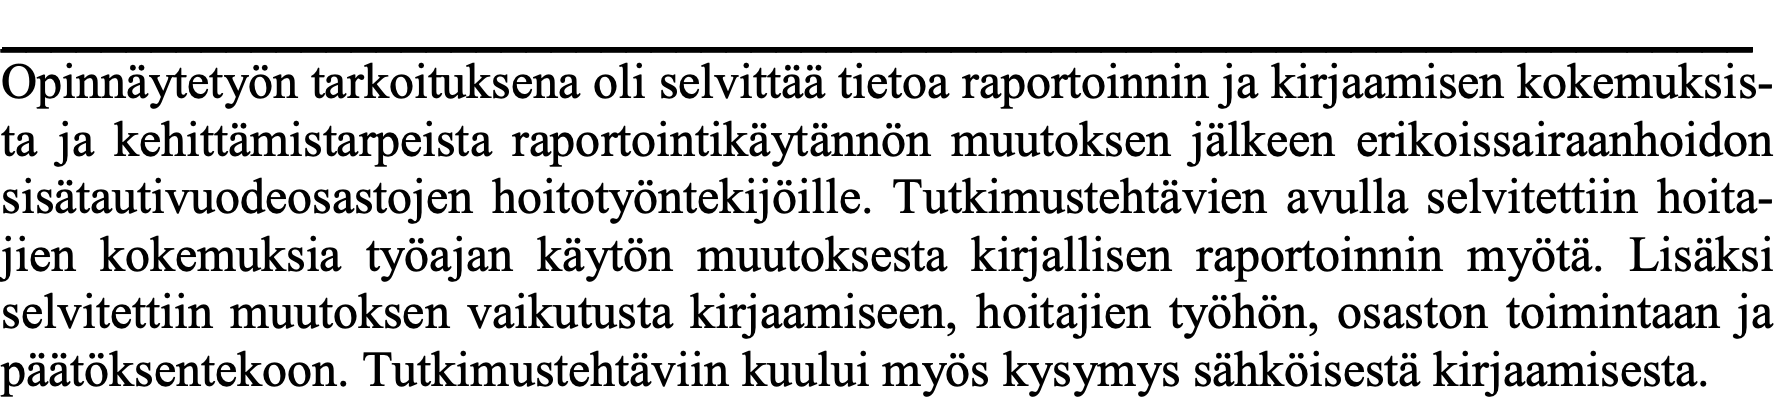
______________________________________________________________________ Opinnäytetyön tarkoituksena oli selvittää tietoa raportoinnin ja kirjaamisen kokemuksis- ta ja kehittämistarpeista raportointikäytännön muutoksen jälkeen erikoissairaanhoidon sisätautivuodeosastojen hoitotyöntekijöille. Tutkimustehtävien avulla selvitettiin hoita- jien kokemuksia työajan käytön muutoksesta kirjallisen raportoinnin myötä. Lisäksi selvitettiin muutoksen vaikutusta kirjaamiseen, hoitajien työhön, osaston toimintaan ja päätöksentekoon. Tutkimustehtäviin kuului myös kysymys sähköisestä kirjaamisesta.